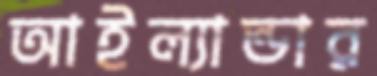
আইল্যান্ডার